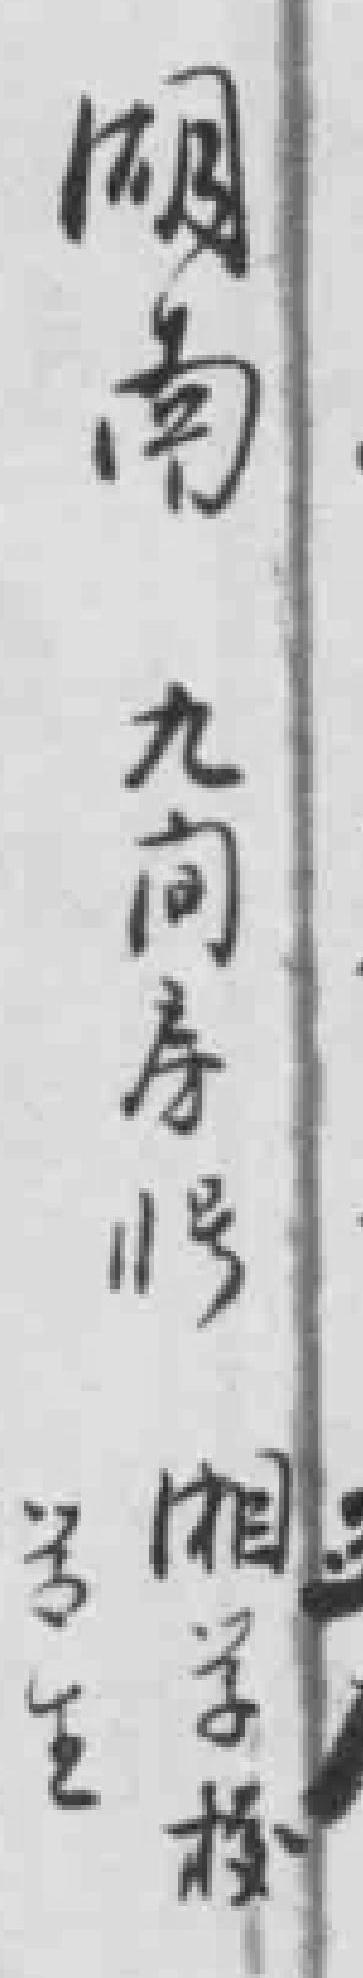
湖南九间房11号湘学校